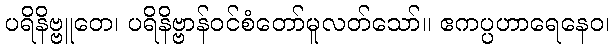
ပရိနိဗ္ဗူတေ၊ ပရိနိဗ္ဗာန်ဝင်စံတော်မူလတ်သော်။ ဧကပ္ပဟာရေနေဝ၊